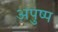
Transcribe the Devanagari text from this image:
अपुष्प